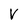
Character: V